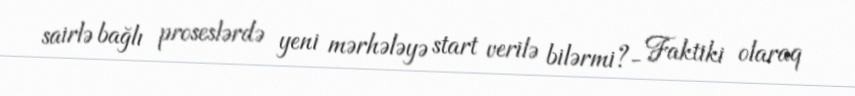
sairlə bağlı proseslərdə yeni mərhələyə start verilə bilərmi?- Faktiki olaraq